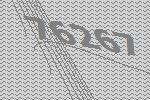
76267